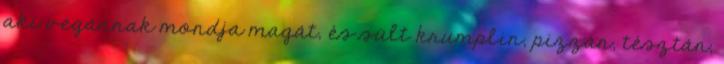
aki vegánnak mondja magát, és sült krumplin, pizzán, tésztán,